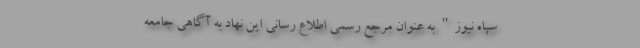
سپاه نیوز" به عنوان مرجع رسمی اطلاع رسانی این نهاد به آگاهی جامعه